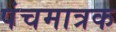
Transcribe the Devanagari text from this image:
पंचमात्रक